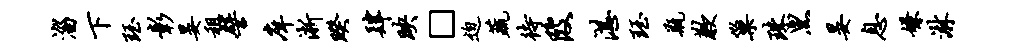
淄下珏彰晏租譬庠淅睽肆映□迫蔬待陂湛珏瓶歉巢珠黑晏息嫌淋